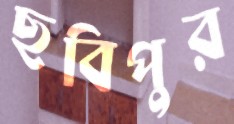
ছবিপুর